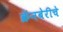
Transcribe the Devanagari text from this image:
क्रॅनबेरीचे